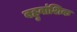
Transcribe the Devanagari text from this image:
बहुवांशिक